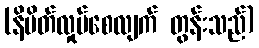
(နိမိတ်လှုပ်စေလျက် တွန်းသည်)